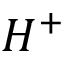
H ^ { + }